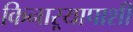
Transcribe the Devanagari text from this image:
किनाऱ्यापाशी